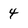
Character: 4